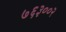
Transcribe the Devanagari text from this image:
७६३००२